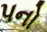
પનો